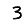
Digit: 3